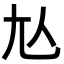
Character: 𡯈